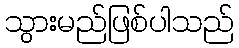
သွားမည်ဖြစ်ပါသည်